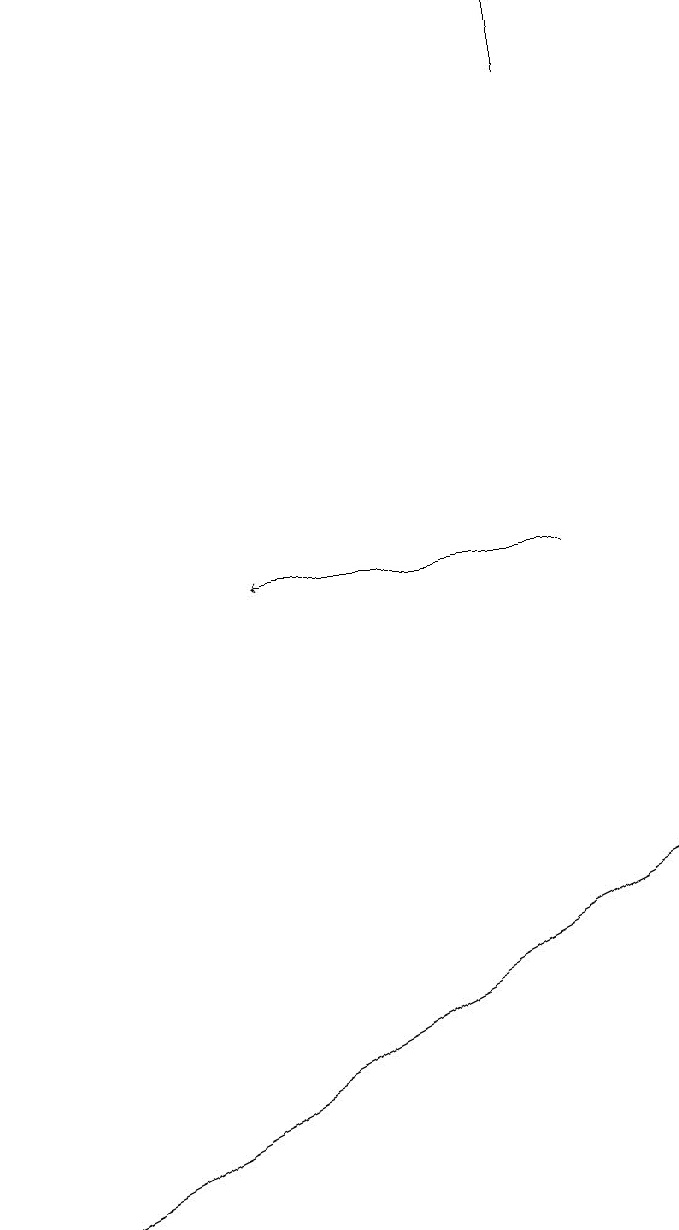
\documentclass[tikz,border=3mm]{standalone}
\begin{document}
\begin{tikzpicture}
\draw[->] (8,16) -- (8,17);
\draw (3,3) -- (1,2) -- (9,6) -- cycle;
\draw[->] (8,10) -- (4,10);
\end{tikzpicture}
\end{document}